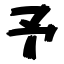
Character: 予